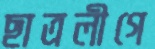
ছাত্রলীগে